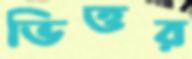
ভিত্তর